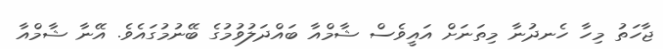
ޖާހަތު މިހާ ހެނދުނާ މިތަނަށް އައީވެސް ޝާމްއާ ބައްދަލުވުމުގެ ބޭނުމުގައެވެ. އޭނާ ޝާމްއާ